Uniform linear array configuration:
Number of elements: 12
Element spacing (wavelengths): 0.5
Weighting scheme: exponential
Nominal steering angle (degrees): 30
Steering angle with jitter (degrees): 29.724
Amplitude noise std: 0.05
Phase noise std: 0.05

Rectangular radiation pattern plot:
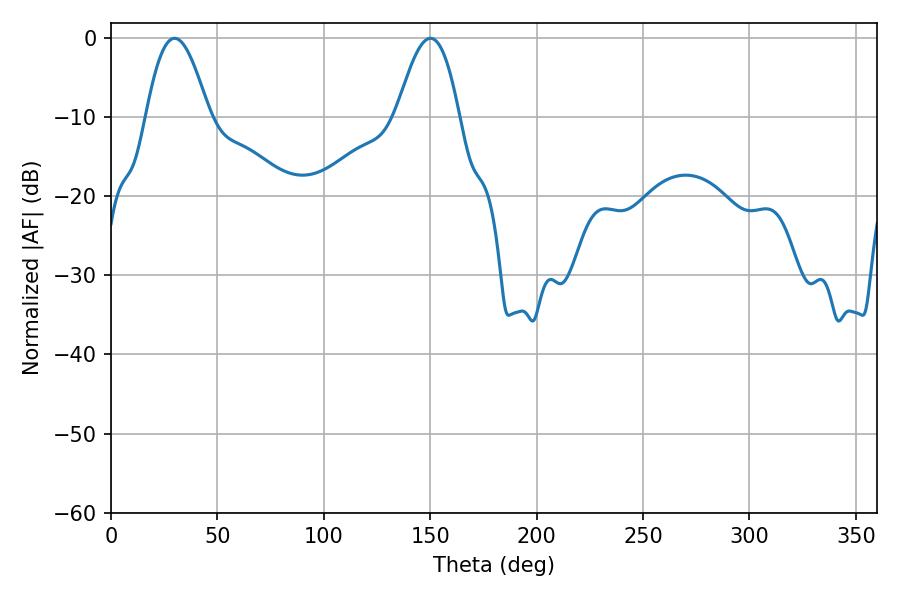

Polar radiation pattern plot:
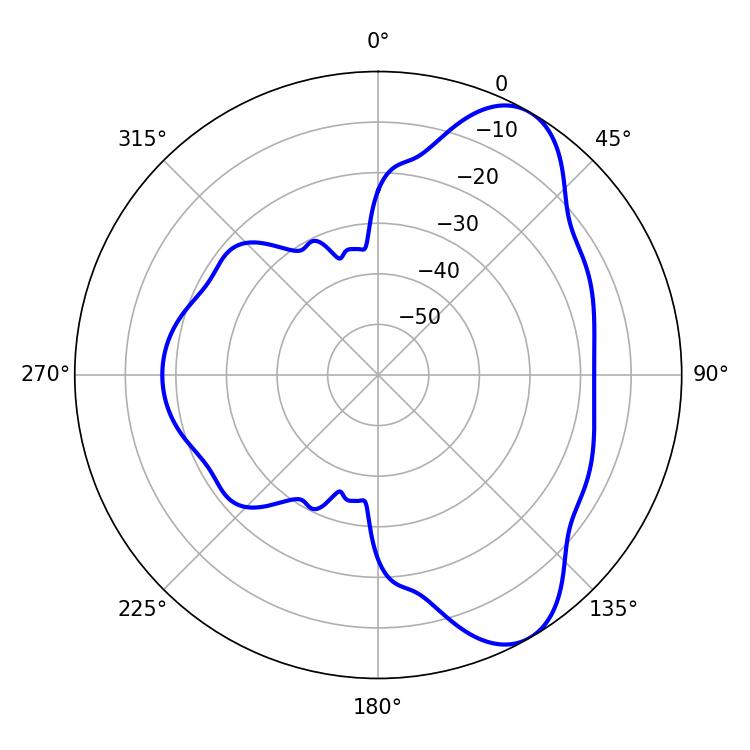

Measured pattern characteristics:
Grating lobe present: FALSE
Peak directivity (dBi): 7.691
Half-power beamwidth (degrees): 16.02
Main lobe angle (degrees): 29.88